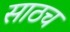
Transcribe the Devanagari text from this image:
साठच